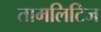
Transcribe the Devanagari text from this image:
तामलिटिज